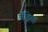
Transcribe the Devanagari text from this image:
अँड्रिव्ह